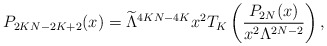
\begin{align*}P_{2KN-2K+2}(x)=\widetilde{\Lambda}^{4KN-4K}x^2T_{K}\left(\frac{P_{2N}(x)}{x^2\Lambda^{2N-2}}\right),\end{align*}